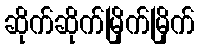
ဆိုက်ဆိုက်မြိုက်မြိုက်